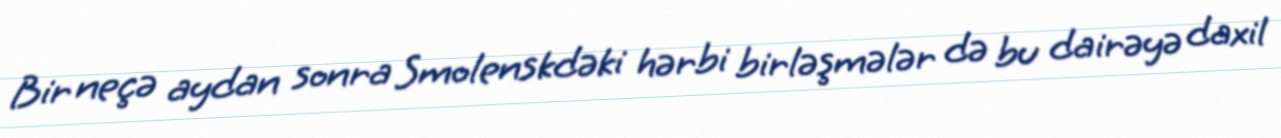
Bir neçə aydan sonra Smolenskdəki hərbi birləşmələr də bu dairəyə daxil